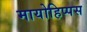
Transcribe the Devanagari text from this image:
मायोहिप्पस